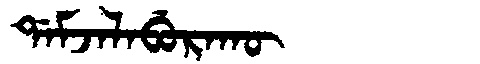
Manchu: ᡩᠠᠮᠵᠠᠯᠠᠪᡠᡵᠠᡴᡡ
Romanization: DAMJALABURAKŪ